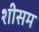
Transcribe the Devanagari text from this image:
शीसम